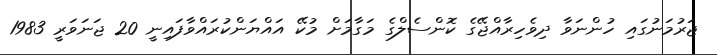
ޖަރުމަނުގައި ހުންނަވާ ދިވެހިރާއްޖޭގެ ކޮންސެލްގެ މަގާމަށް މުކޭ އައްޔަންކުރައްވާފައިނީ 20 ޖަނަވަރީ 1983